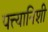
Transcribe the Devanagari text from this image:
पत्त्यानिशी